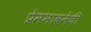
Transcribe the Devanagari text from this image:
प्रेमभावनेची